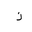
Letter: _thal